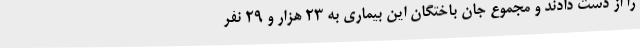
را از دست دادند و مجموع جان باختگان این بیماری به 23 هزار و 29 نفر